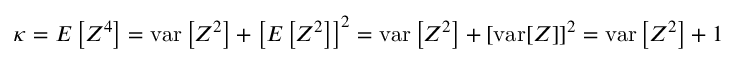
\kappa = E \left[ Z ^ { 4 } \right] = \operatorname { v a r } \left[ Z ^ { 2 } \right] + \left[ E \left[ Z ^ { 2 } \right] \right] ^ { 2 } = \operatorname { v a r } \left[ Z ^ { 2 } \right] + [ \operatorname { v a r } [ Z ] ] ^ { 2 } = \operatorname { v a r } \left[ Z ^ { 2 } \right] + 1